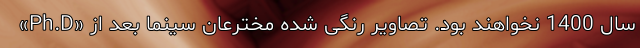
«Ph.D» سال 1400 نخواهند بود. تصاویر رنگی شده مخترعان سینما بعد از